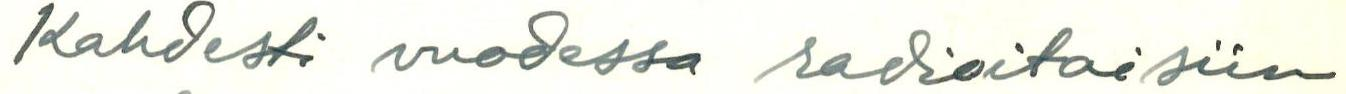
Kahdesti vuodessa radioitaisiin